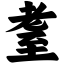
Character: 耋